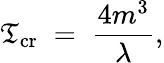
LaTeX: \mathfrak{T}_{\mathrm{{cr}}}\; =\; \frac{{4m^{3}}}{{\lambda}},